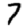
Digit: 7